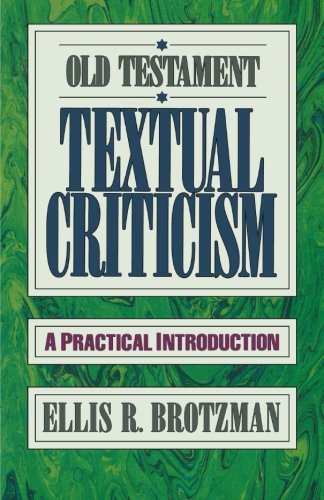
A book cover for Old Testament Textual Criticism: A Practical Introduction; Ellis R. Brotzman; Christian Books & Bibles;